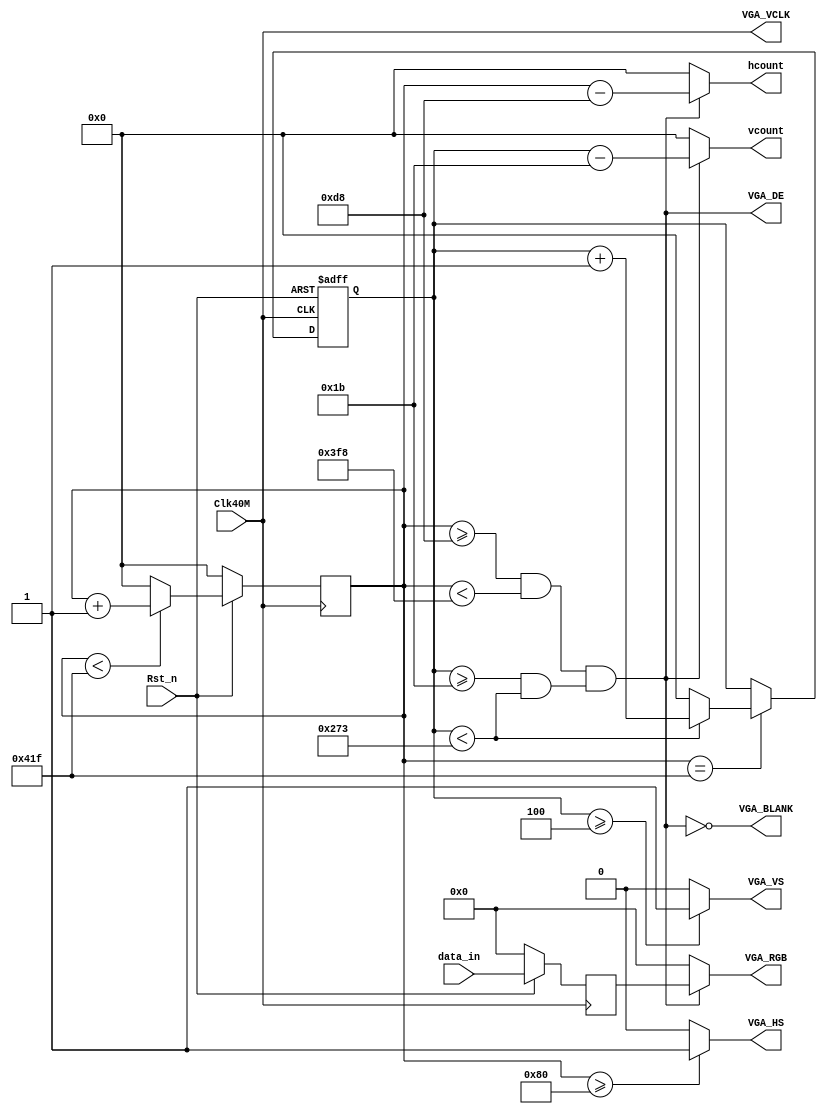
// This program was cloned from: https://github.com/verimake-team/SparkRoad-V
// License: MIT License

/*============================================================================
*
*  LOGIC CORE:          TFT		
*  MODULE NAME:         VGA_CTRL()
*  COMPANY:             
*                       http://xiaomeige.taobao.com
*	author:					
*	author QQ Group472607506
*  REVISION HISTORY:  
*
*    Revision 1.0  01/01/2016     Description: Initial Release.
*
*  FUNCTIONAL DESCRIPTION:
===========================================================================*/

module VGA_CTRL (
	Clk40M,		//40MHZ
	Rst_n,		//
	data_in,	//
	hcount,		//TFT
	vcount,		//TFT
	VGA_RGB,	//TFT
	VGA_HS,		//TFT
	VGA_VS,		//TFT
	VGA_BLANK,
	VGA_VCLK,
	VGA_DE
	//Error
);
	

`define RED      16'hf800
`define GREEN    16'h07e0
`define BLUE     16'h001f
`define WHITE    16'hffff
`define BLACK    16'h0000
`define YELLOW   16'hffe0
`define CYAN     16'hf81f
`define ROYAL    16'h07ff
`define PINK     16'hfe19

	
	//--------------------------------
	input  Clk40M;			//40MHZ
	input  Rst_n;
	input  [15:0]data_in;	//

	//--------------------------------
	output [11:0]hcount;
	output [11:0]vcount;
	output [15:0]VGA_RGB;	//TFT
	output VGA_HS;			//TFT
	output VGA_VS;			//TFT
	output VGA_BLANK;
	output VGA_DE;
	output VGA_VCLK;
	//output reg Error;

	//--------------------------------
	reg [15:0] data_buff;		//
	reg [11:0] hcount_r;		//TFT
	reg [11:0] vcount_r;		//TFT
	//--------------------------------
	wire hcount_ov;		//1
	wire vcount_ov;		//1
	wire VGA_DE;		//

	//VGA
	parameter	VGA_HS_end = 12'd128,
				hdat_begin = 12'd216,
				hdat_end = 12'd1016,
				hpixel_end = 12'd1056,
				VGA_VS_end = 12'd4,
				vdat_begin = 12'd27,
				vdat_end = 12'd627,
				vline_end = 12'd628;

	assign hcount = VGA_DE ? ( hcount_r - hdat_begin ) : 12'd0;
	assign vcount = VGA_DE ? ( vcount_r - vdat_begin ) : 12'd0;
	
	assign VGA_BLANK = ~VGA_DE;
	assign VGA_VCLK = Clk40M;
	

	//**********************VGA**********************
	
	//
	always @( posedge Clk40M /*or negedge Rst_n*/ ) begin
		if ( ~Rst_n ) begin
			data_buff <= 16'b0;
		end else begin
			data_buff <= data_in;
		end
	end
	
	//
	always @( posedge Clk40M /*or negedge Rst_n*/ ) begin
		if ( ~Rst_n ) begin
			hcount_r <= 12'd0;
		end else begin
			if ( hcount_r < hpixel_end - 1 ) begin
				hcount_r <= hcount_r + 1'b1;
			end else begin
				hcount_r <= 12'd0;
			end
		end
	end

	assign hcount_ov = ( hcount_r == hpixel_end - 1 );

	//
	always @( posedge Clk40M or negedge Rst_n ) begin
		if ( ~Rst_n ) begin
			vcount_r <= 12'd0;
		end else begin
			if ( hcount_ov ) begin
				if ( vcount_r < vline_end - 1 ) begin
					vcount_r <= vcount_r + 1'b1;
				end else begin
					vcount_r <= 12'd0;
				end
			end else begin
				vcount_r <= vcount_r;
			end
		end
	end
		
	assign 	vcount_ov = ( vcount_r == vline_end - 1 );

	//
	assign VGA_DE = ( ( hcount_r >= hdat_begin ) && ( hcount_r < hdat_end ) )
					&& ( ( vcount_r >= vdat_begin ) && ( vcount_r < vdat_end ) );
					
	assign VGA_HS = ( hcount_r >= VGA_HS_end ) ? 1'b1 : 1'b0;
	assign VGA_VS = ( vcount_r >= VGA_VS_end ) ? 1'b1 : 1'b0;
	assign VGA_RGB = VGA_DE ? data_buff : 16'b0;



endmodule